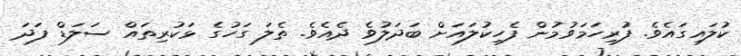
ކުލައިގައެވެ. ފުރިހަމަވުމުން ފެހިކުލައަށް ބަދަލުވެ ދެއެވެ. ތެލަ ގަހުގެ ޅަކުރިތައް ސަލަޑް ފަދަ